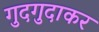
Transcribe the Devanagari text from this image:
गुदगुदाकर